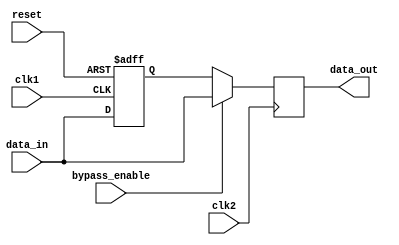
module bypass_register (
    input wire clk1, // clock signal for domain 1
    input wire clk2, // clock signal for domain 2
    input wire reset, // reset signal for the register
    input wire bypass_enable, // control signal for bypass feature
    input wire [31:0] data_in, // input data to be transferred
    output reg [31:0] data_out // output data after synchronization
);

reg [31:0] reg_data;

always @(posedge clk1 or posedge reset) begin
    if (reset) begin
        reg_data <= 32'h0;
    end else begin
        if (bypass_enable) begin
            reg_data <= data_in; // pass data directly
        end else begin
            reg_data <= data_in;
        end
    end
end

always @(posedge clk2) begin
    if (bypass_enable) begin
        data_out <= data_in; // pass data directly
    end else begin
        data_out <= reg_data; // pass data through register
    end
end

endmodule